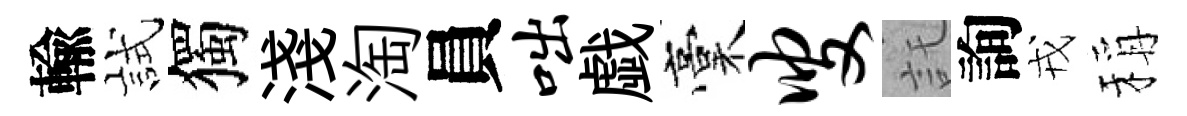
輸試獨淺淘員咄戯稾叟託詢戎稱